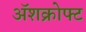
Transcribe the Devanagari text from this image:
ॲशक्रोफ्ट